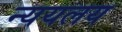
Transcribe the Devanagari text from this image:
न्ययलय